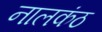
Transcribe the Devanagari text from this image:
नालकंठ